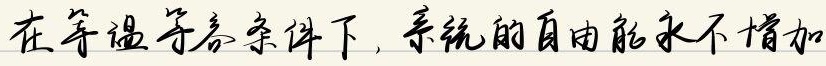
在等温等容条件下，系统的自由能永不增加